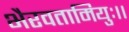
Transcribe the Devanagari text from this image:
भैरवतामियुः।।